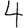
Digit: 4